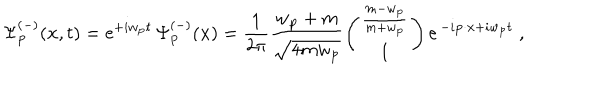
\Psi _ { { \bf p } } ^ { ( - ) } ( { \bf x } , t ) = \mathrm { e } ^ { + i w _ { { \bf p } } t } \, \Psi _ { { \bf p } } ^ { ( - ) } ( { \bf x } ) = \frac { 1 } { { 2 \pi } } \frac { w _ { { \bf p } } + m } { \sqrt { 4 m w _ { { \bf p } } } } \left( \begin{array} { c } { { \frac { m - w _ { { \bf p } } } { m + w _ { { \bf p } } } } } \\ { { 1 } } \\ \end{array} \right) \mathrm { e } ^ { \, - i { \bf p } \cdot { \bf x } + i w _ { { \bf p } } t } \; ,